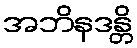
အဘိနဒန္တိ